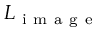
L _ { \mathrm { ~ i ~ m ~ a ~ g ~ e ~ } }